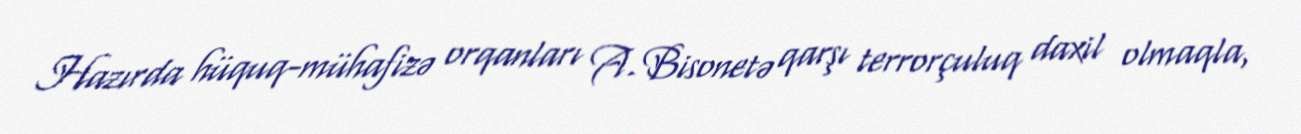
Hazırda hüquq-mühafizə orqanları A. Bisonetə qarşı terrorçuluq daxil olmaqla,